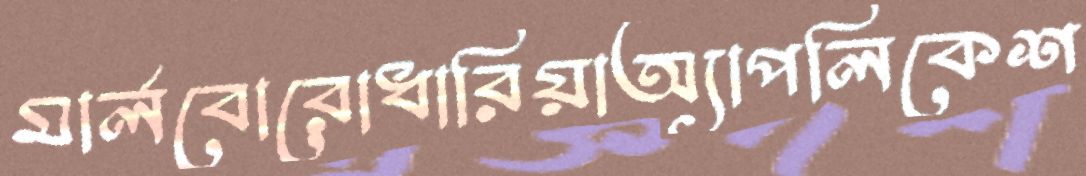
মার্লবোরোধারিয়াঅ্যাপলিকেশ